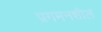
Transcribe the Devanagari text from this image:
प्रगमनशील